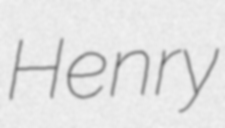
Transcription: Henry